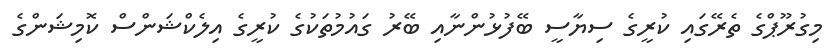
މިގުރޫޕްގެ ތެރޭގައި ކުރީގެ ސިޔާސީ ބޭފުޅުންނާއި ބޭރު ގައުމުތަކުގެ ކުރީގެ އިލެކްޝަންސް ކޮމިޝަންގެ